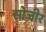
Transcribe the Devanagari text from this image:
सोजीर